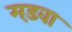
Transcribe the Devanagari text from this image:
मड़वा